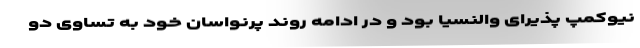
نیوکمپ پذیرای والنسیا بود و در ادامه روند پرنواسان خود به تساوی دو